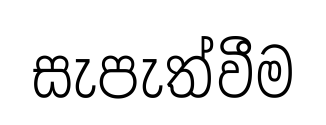
සැපැත්වීම